255_413270_UFO's_and_Defense_What_Should_we_Prepare_For
Agency: NASA
Page 49
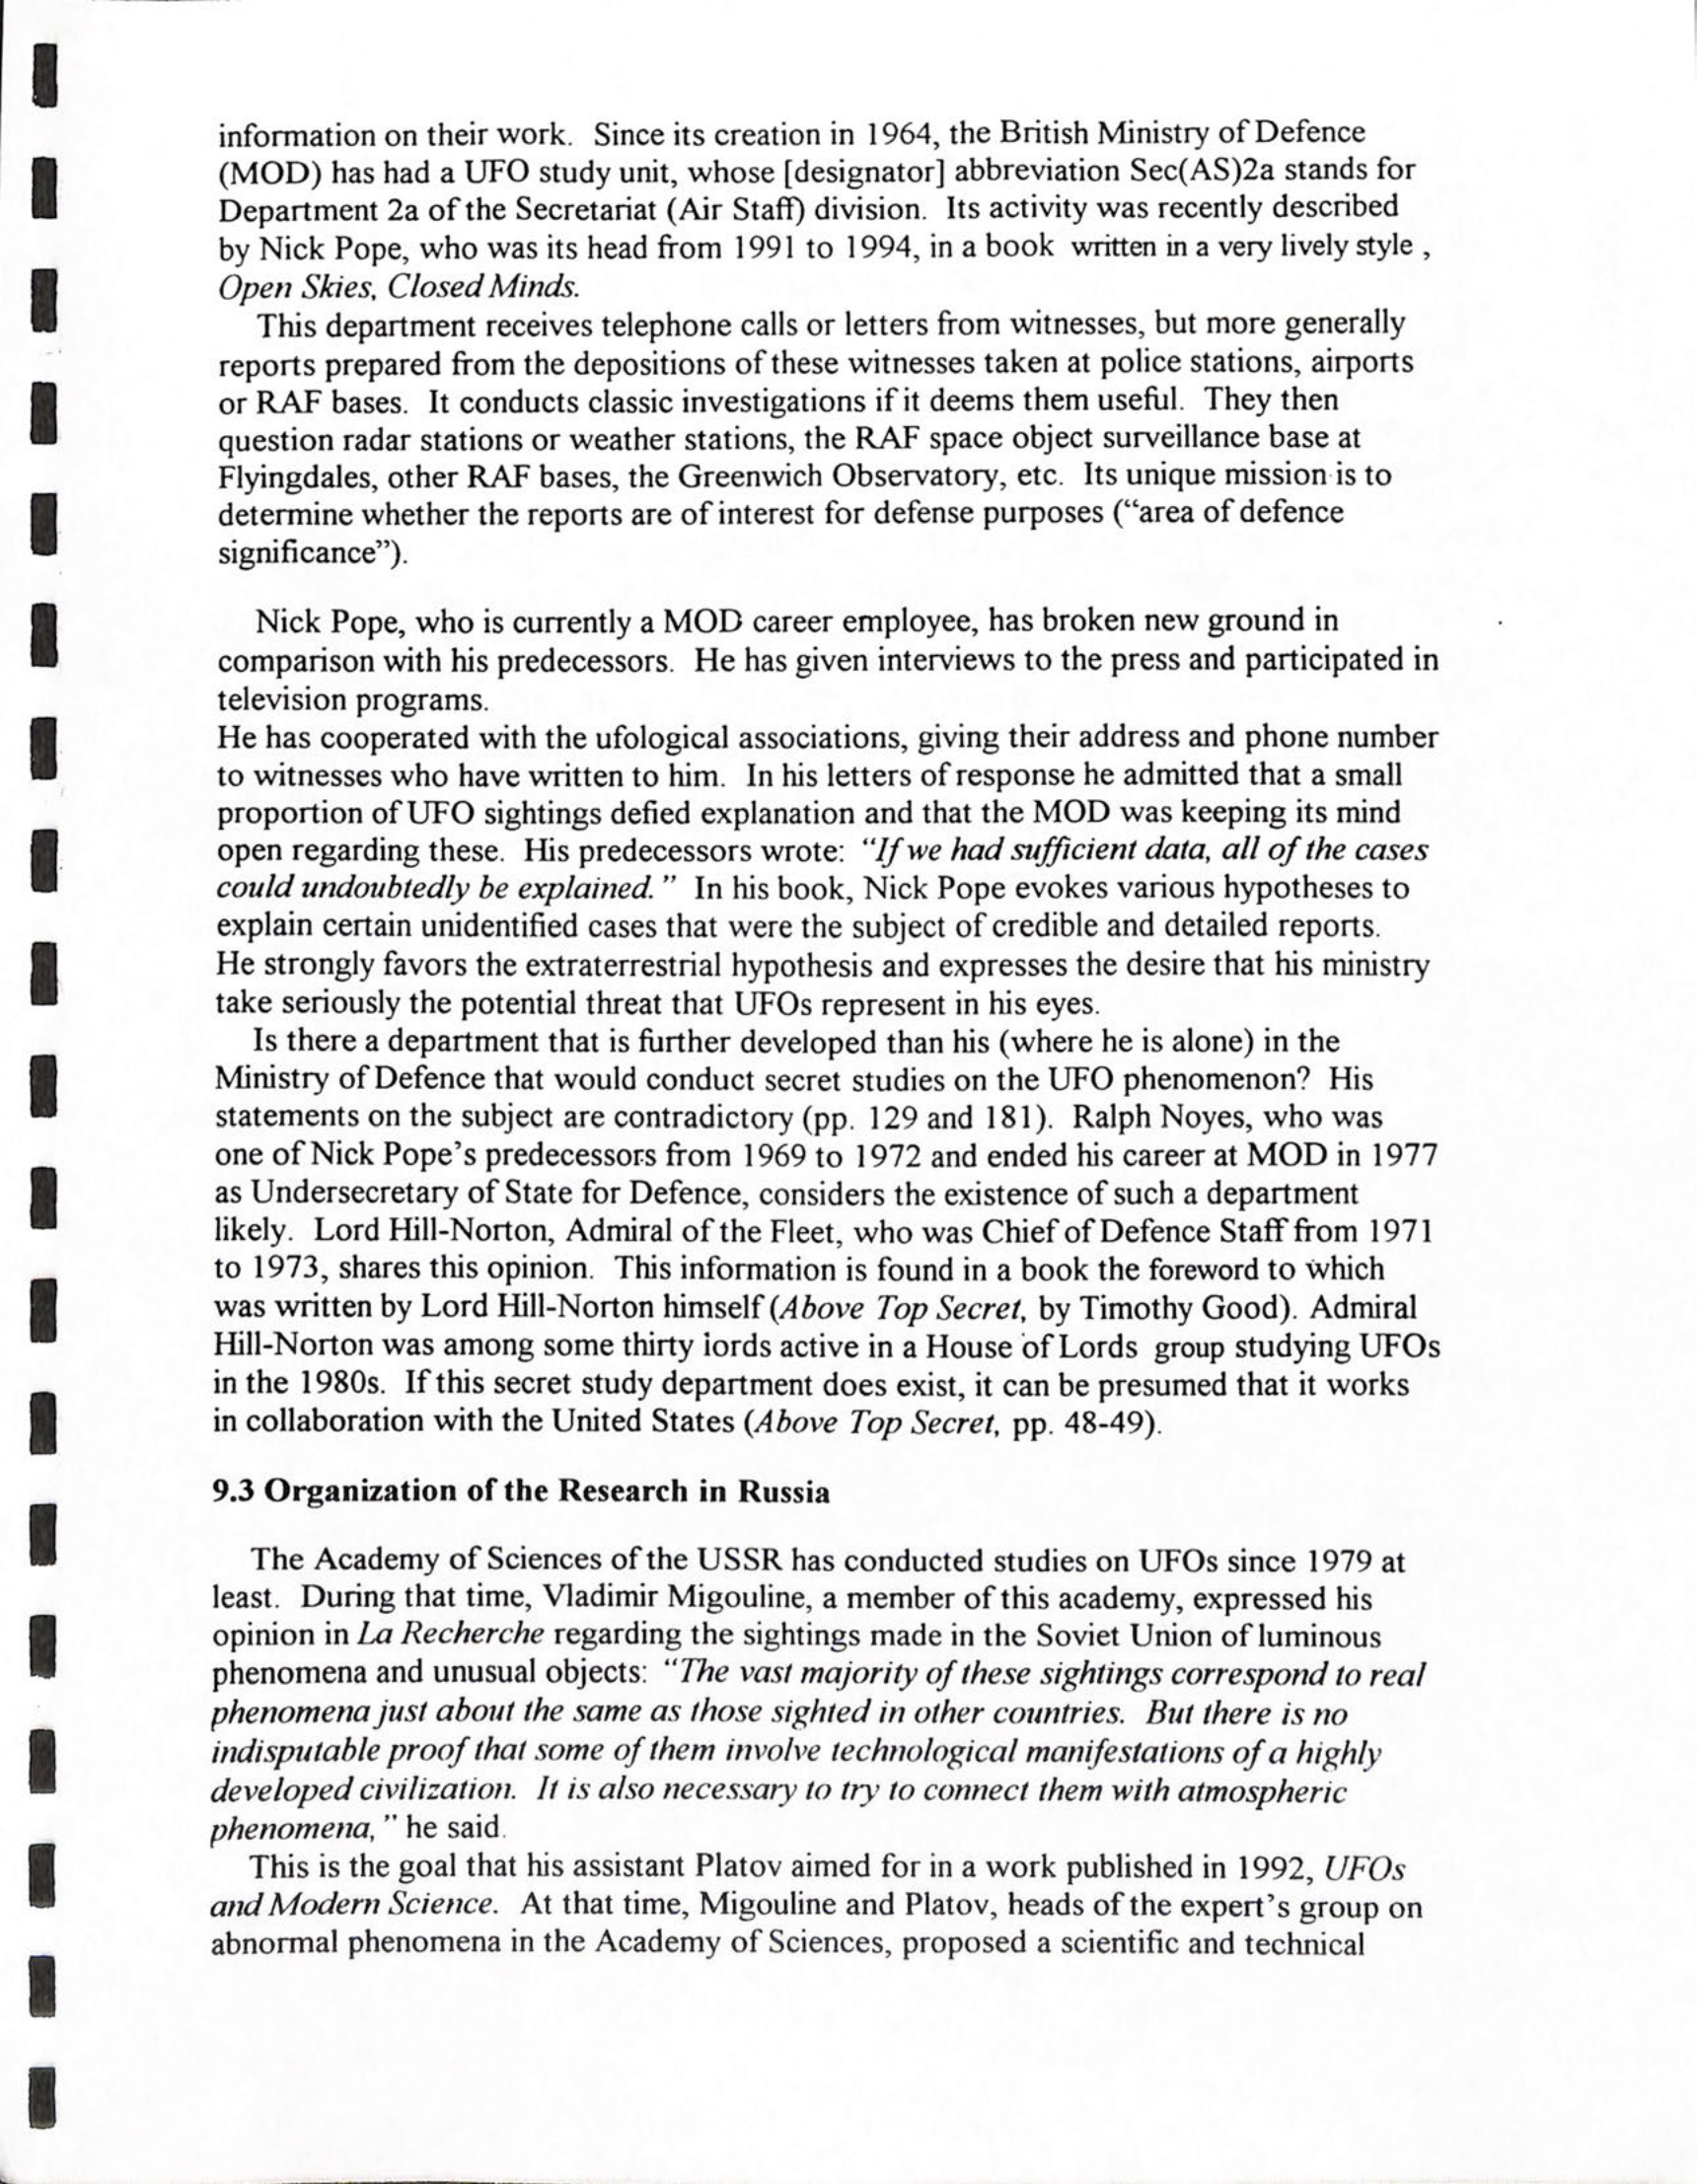